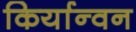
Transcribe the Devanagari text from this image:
किर्यान्वन